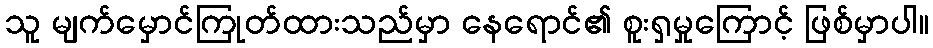
သူ မျက်မှောင်ကြုတ်ထားသည်မှာ နေရောင်၏ စူးရှမှုကြောင့် ဖြစ်မှာပါ။